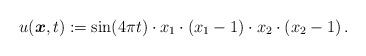
LaTeX: \begin{align*}u(\boldsymbol x,t) :=\sin(4 \pi t) \cdot x_1 \cdot (x_1-1) \cdot x_2 \cdot (x_2-1)\,.\end{align*}